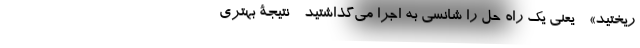
ریختید» - یعنی یک راه حل را شانسی به اجرا می‌گذاشتید - نتیجۀ بهتری